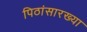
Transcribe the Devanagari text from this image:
पिठांसारख्या